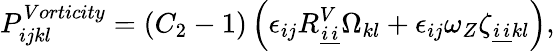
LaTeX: P_{ijkl}^{Vorticity}=\left(C_{2}-1\right)\left(\epsilon_{ij}R_{\underline{{i}}\underline{{i}}}^{V}\Omega_{kl}+\epsilon_{ij}\omega_{Z}\zeta_{\underline{{i}}\underline{{i}}kl}\right),